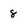
Character: 8